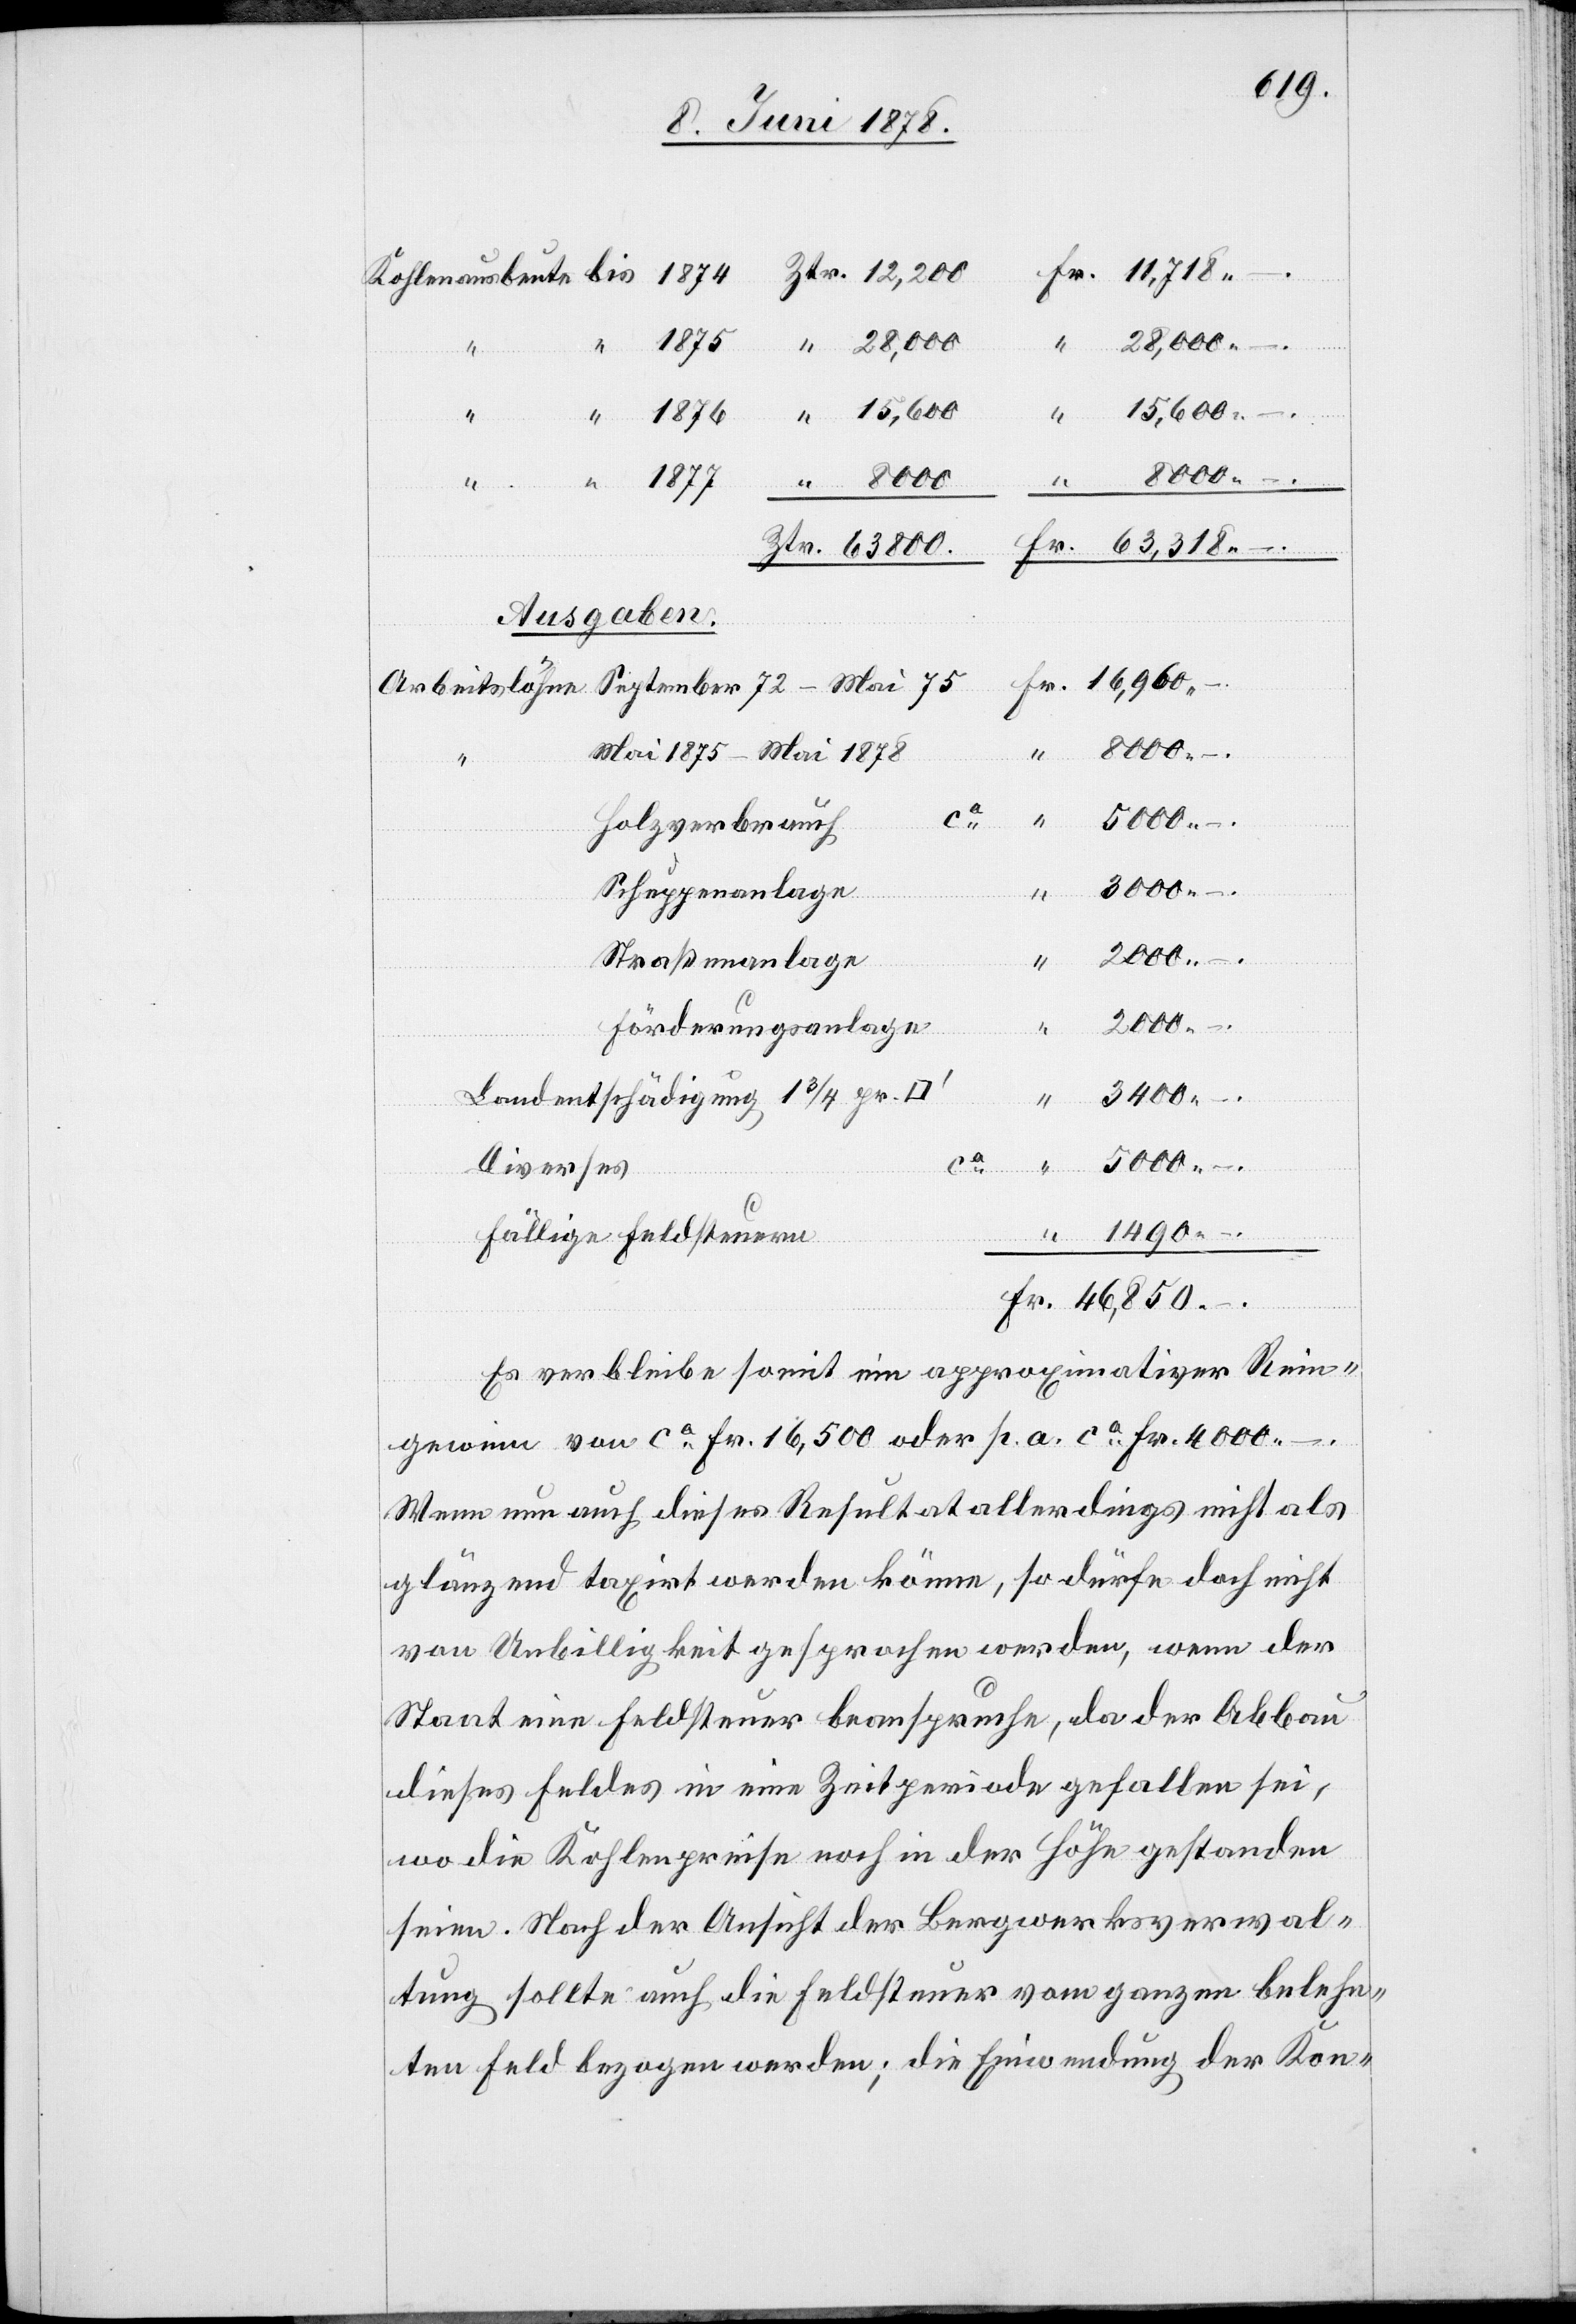
September 72 –
Ausgaben.
Mai 1875 – Mai 1878
Fr.
46,850.
Holzverbrauch
5000. –
Schuppenanlage
1875
2000.
Straßenanlage
1490. –
Förderungsanlage
– .
Landentschädigung 1 3/4 pr.
3400. –
.
Ztr.
63800
Diverses
Kohlenausbeute
fällige Feldsteuern
Es verbleibe soweit ein approximativer Rein¬
gewinn von ca Fr. 16,500 oder p. a. ca Fr. 4000.–.
Wenn nun auch dieses Resultat allerdings nicht als
glänzend taxirt werden könne, so dürfe doch nicht
von Unbilligkeit gesprochen werden, wenn der
Staat eine Feldsteuer beanspruche, da der Abbau
dieses Feldes in eine Zeitperiode gefallen sei,
wo die Kohlenpreise noch in der Höhe gestanden
seien. Nach der Ansicht der Bergwerksverwal¬
tung sollte auch die Feldsteuer vom ganzen belehn¬
ten Feld bezogen werden; die Einwendung der Kon-